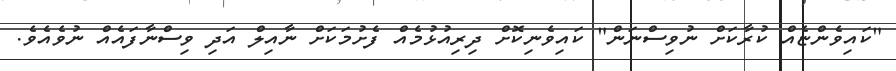
"ކައިވެންޏެއް ކުރާކަށް ނުވިސްނަން" ކައިވެނިކޮށް ދިރިއުޅުމެއް ފެށުމަކަށް ނާއިލް އަދި ވިސްނާފައެއް ނުވެއެވެ.